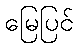
မြေပြင်